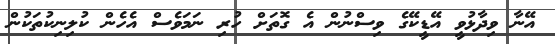
އޭނާ ވިދާޅުވީ އޭޑީކޭގެ ވިސްނުން އެ ގޮތަށް ހުރި ނަމަވެސް އެހެން ކުލިނިކުތަކުން